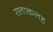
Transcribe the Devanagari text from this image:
सत्ताकलह